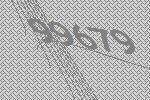
99679